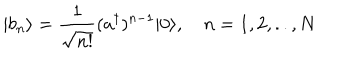
| b _ { n } \rangle = \frac { 1 } { \sqrt { n ! } } ( a ^ { \dagger } ) ^ { n - 1 } | 0 \rangle , \quad n = 1 , 2 , . . , N